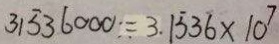
3 1 5 3 6 0 0 0 = 3 . 1 \dot { 5 } 3 \dot { 6 } \times 1 0 ^ { 7 }